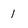
Character: 1